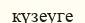
күзеуге